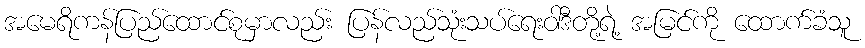
အမေရိကန်ပြည်ထောင်စုမှာလည်း ပြန်လည်သုံးသပ်ရေးဝါဒီတို့ရဲ့ အမြင်ကို ထောက်ခံသူ